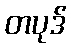
တပုဒ်